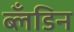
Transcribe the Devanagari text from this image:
ब्लँडिन